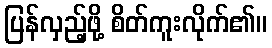
ပြန်လှည့်ဖို့ စိတ်ကူးလိုက်၏။